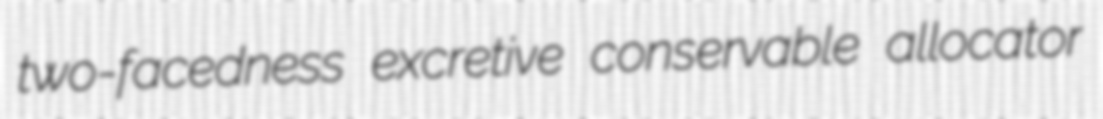
two-facedness excretive conservable allocator